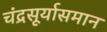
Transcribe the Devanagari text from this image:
चंद्रसूर्यासमान